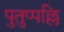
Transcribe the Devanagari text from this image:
पुतुप्पल्लि